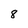
Character: 8